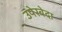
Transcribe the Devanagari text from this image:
उपेरबेदा